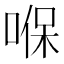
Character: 𠸒